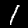
Label: 1